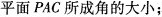
平面PAC所成角的大小；